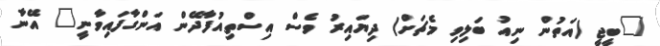
"ބީޖީ (އަތުން ނިއު ބަލިވި މެޗަށް) ދިޔައިރު ވެސް އިސްތިއުފާދޭން އަންގާފައިވާނީ" އޭނާ